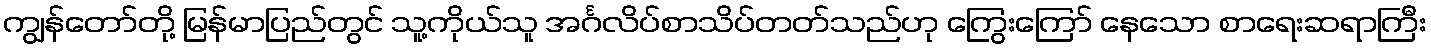
ကျွန်တော်တို့ မြန်မာပြည်တွင် သူ့ကိုယ်သူ အင်္ဂလိပ်စာသိပ်တတ်သည်ဟု ကြွေးကြော် နေသော စာရေးဆရာကြီး